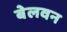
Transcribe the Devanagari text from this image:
बेलवन